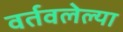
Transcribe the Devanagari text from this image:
वर्तवलेल्या